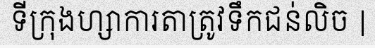
ទីក្រុងហ្សាការតាត្រូវទឹកជន់លិច |